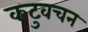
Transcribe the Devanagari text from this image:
कटुवचन